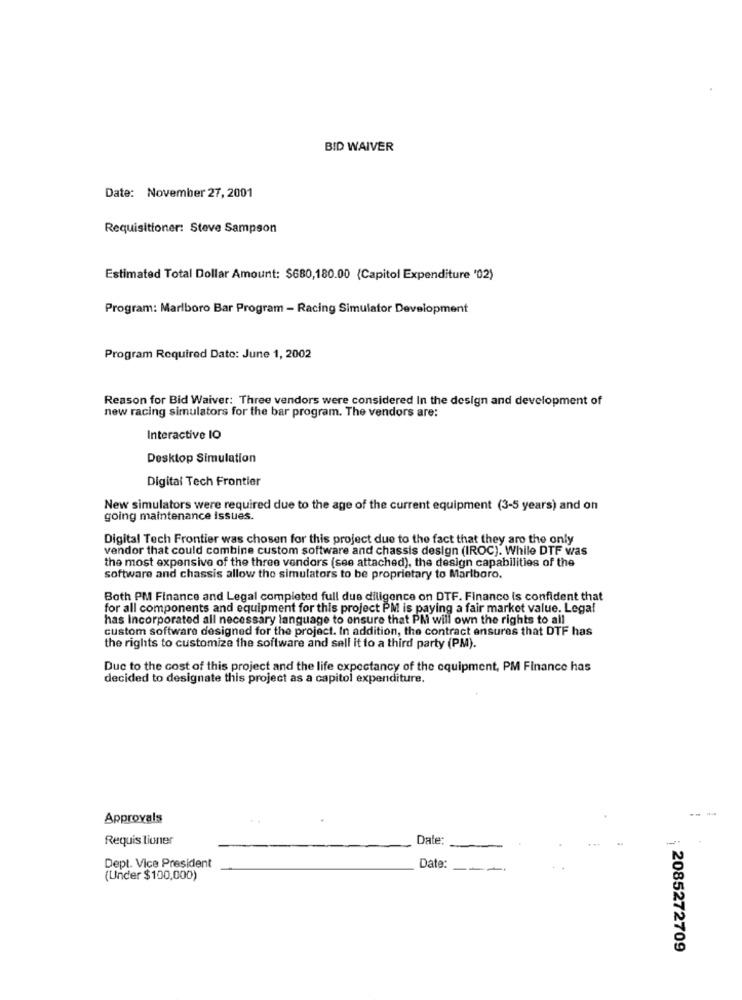
BID WAIVER
Date: November 27, 2001
Requisitioner: Steve Sampson
Estimated Total Dollar Amount: $680,180.00 (Capitol Expenditure '02)
Program: Marlboro Bar Program - Racing Simulator Development
Program Required Date: June 1, 2002
Reason for Bid Waiver: Three vendors were considered In the design and development of
new racing simulators for the bar program. The vendors are:
Interactive IO
Desktop Simulation
Digital Tech Frontier
New simulators were required due to the age of the current equipment (3-5 years) and on
going maintenance issues.
Digital Tech Frontier was chosen for this project due to the fact that they are the only
vendor that could combine custom software and chassis design (IROC). While DTF was
the most expensive of the three vendors (see attached), the design capabilities of the
software and chassis allow the simulators to be proprietary to Marlboro.
Both PM Finance and Legal completed full due diligence on DTF. Financo is confident that
for all components and equipment for this project PM is paying a fair market value. Legal
has Incorporated all necessary language to ensure that PM will own the rights to all
custom software designed for the project. In addition, the contract ensures that DTF has
the rights to customize the software and sell it to a third party (PM).
Due to the cost of this project and the life expectancy of the equipment, PM Finance has
decided to designate this project as a capitol expenditure.
---
Approvals
Requis lioner
Date:
Dept. Vice President
Date:
(Under $100,000)
2085272709